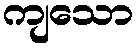
ကျသော